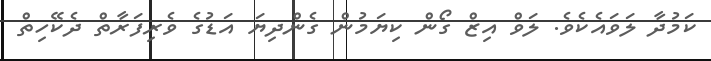
ކަމުދާ ލަވައެކެވެ. ލަވް އިޒް ގޯން ކިޔަމުން ގެންދިޔަ އަޑުގެ ވެރިފަރާތް ދެކޭހިތް